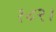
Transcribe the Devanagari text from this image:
१८२।